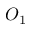
O _ { 1 }